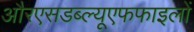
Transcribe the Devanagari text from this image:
औरएसडब्ल्यूएफफाइलों